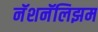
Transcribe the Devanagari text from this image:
नॅशनॅलिझम